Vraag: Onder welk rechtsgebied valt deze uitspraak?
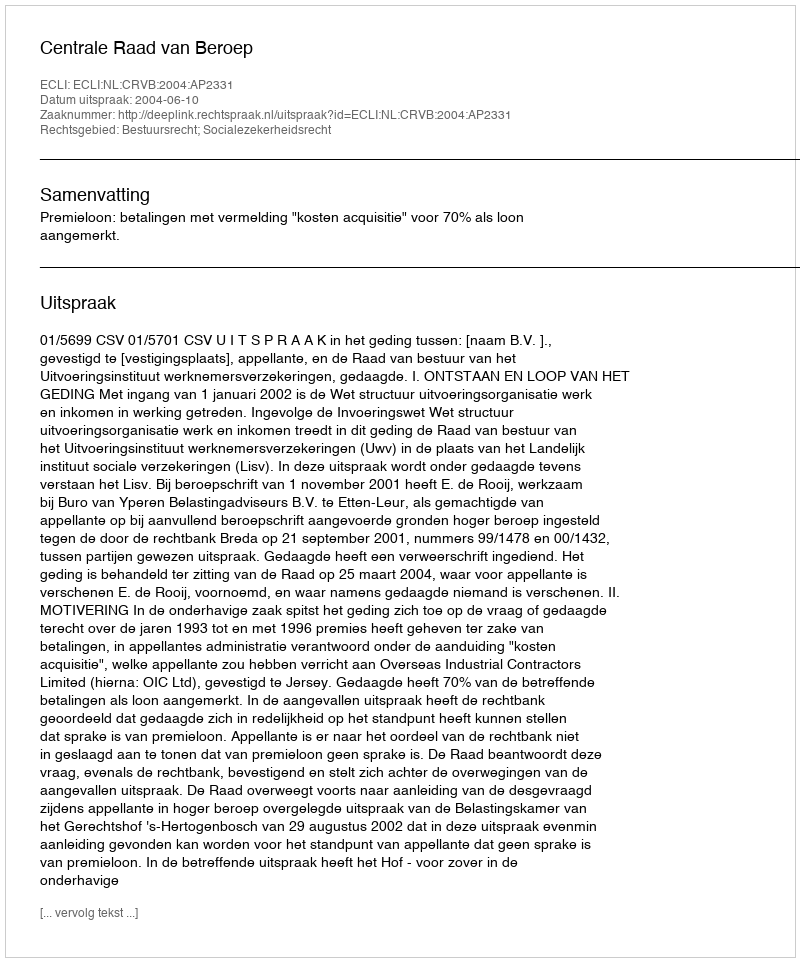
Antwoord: Bestuursrecht; Socialezekerheidsrecht